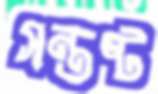
সন্তষ্ট